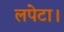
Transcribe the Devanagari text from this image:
लपेटा।